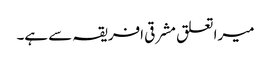
میرا تعلق مشرقی افریقہ سے ہے۔